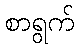
စာရွက်